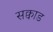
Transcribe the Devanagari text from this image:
सक्वाड